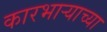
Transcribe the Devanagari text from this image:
कारभार्‍याच्या